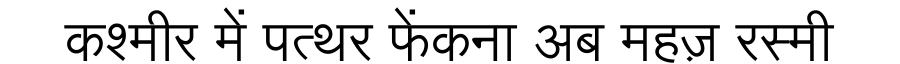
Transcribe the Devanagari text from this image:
कश्मीर में पत्थर फेंकना अब महज़ रस्मी